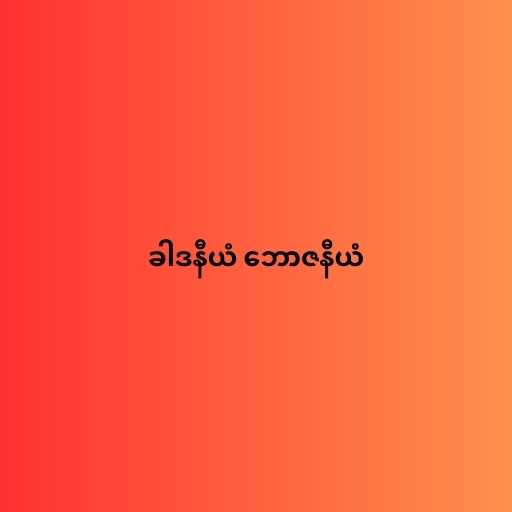
ခါဒနီယံ ဘောဇနီယံ